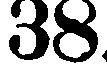
38.